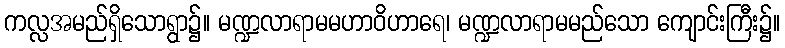
ကလ္လအမည်ရှိသောရွာ၌။ မဏ္ဍလာရာမမဟာဝိဟာရေ၊ မဏ္ဍလာရာမမည်သော ကျောင်းကြီး၌။